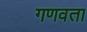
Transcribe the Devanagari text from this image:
गणवता